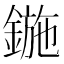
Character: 鍦